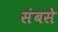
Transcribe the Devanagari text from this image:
संबसे